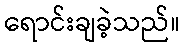
ရောင်းချခဲ့သည်။